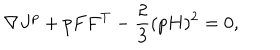
\nabla J ^ { p } + p F F ^ { T } - \frac { 2 } { 3 } ( p H ) ^ { 2 } = 0 ,